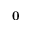
{ \bf 0 }